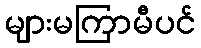
များမကြာမီပင်